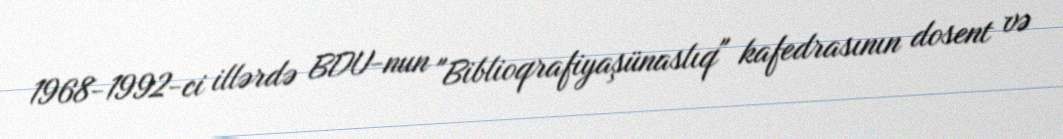
1968-1992-ci illərdə BDU-nun "Biblioqrafiyaşünaslıq" kafedrasının dosent və